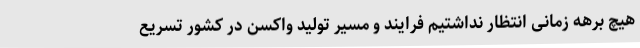
هیچ برهه زمانی انتظار نداشتیم فرایند و مسیر تولید واکسن در کشور تسریع